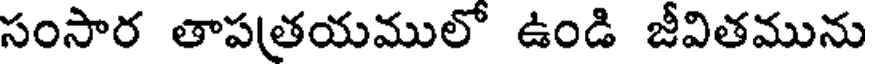
సంసార తాపత్రయములో ఉండి జీవితమును